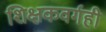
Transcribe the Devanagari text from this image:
शिक्षकवर्गही